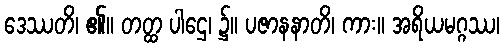
ဒေဿတိ၊ ၏။ တတ္ထ ပါဌေ၊ ၌။ ပဇာနနာတိ၊ ကား။ အရိယမဂ္ဂဿ၊